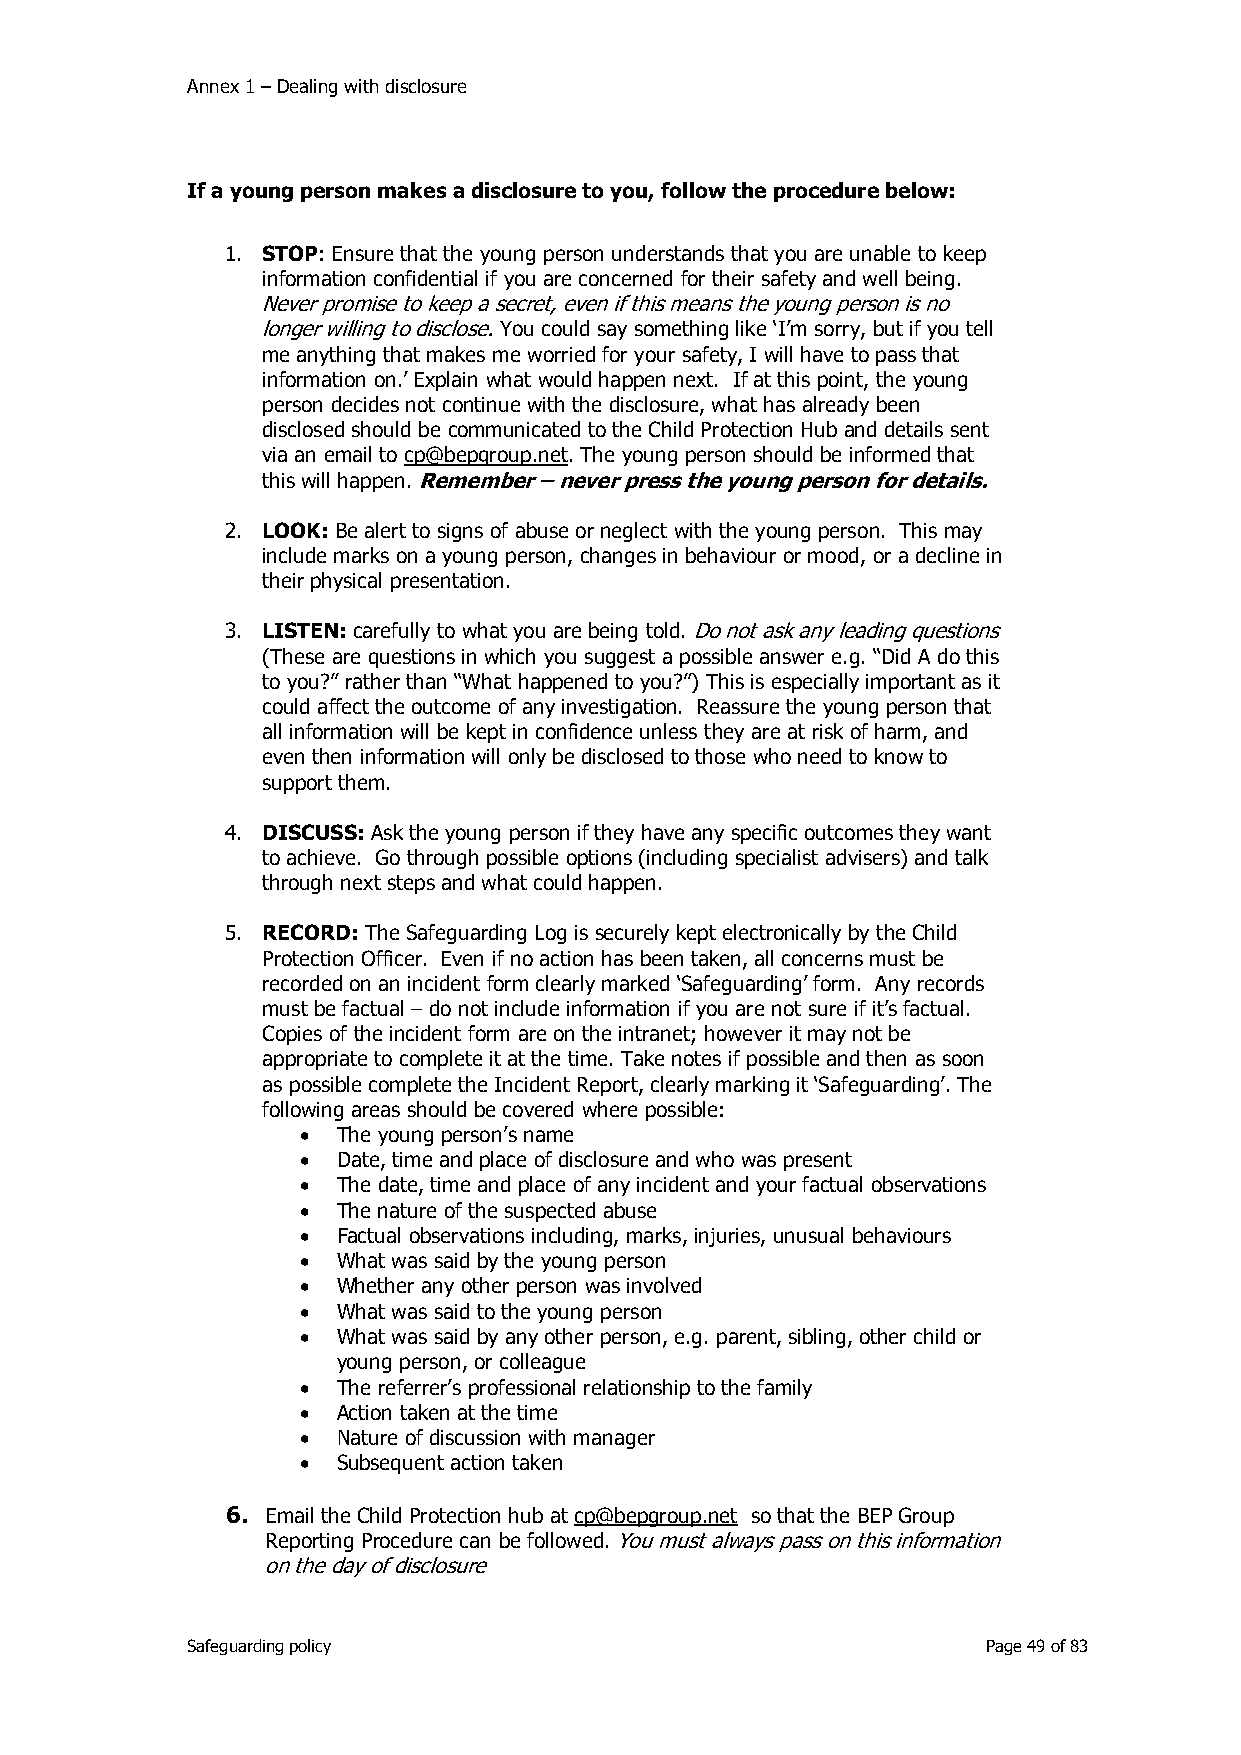
Annex 1 – Dealing with disclosure
 If a young person makes a disclosure to you, follow the procedure below:
 1. STOP: Ensure that the young person understands that you are unable to keep
 information confidential if you are concerned for their safety and well being.
 Never promise to keep a secret, even if this means the young person is no
 longer willing to disclose. You could say something like ‘I’m sorry, but if you tell
 me anything that makes me worried for your safety, I will have to pass that
 information on.’ Explain what would happen next. If at this point, the young
 person decides not continue with the disclosure, what has already been
 disclosed should be communicated to the Child Protection Hub and details sent
 via an email to cp@bepgroup.net. The young person should be informed that
 this will happen. Remember – never press the young person for details.
 2. LOOK: Be alert to signs of abuse or neglect with the young person. This may
 include marks on a young person, changes in behaviour or mood, or a decline in
 their physical presentation.
 3. LISTEN: carefully to what you are being told. Do not ask any leading questions
 (These are questions in which you suggest a possible answer e.g. “Did A do this
 to you?” rather than “What happened to you?”) This is especially important as it
 could affect the outcome of any investigation. Reassure the young person that
 all information will be kept in confidence unless they are at risk of harm, and
 even then information will only be disclosed to those who need to know to
 support them.
 4. DISCUSS: Ask the young person if they have any specific outcomes they want
 to achieve. Go through possible options (including specialist advisers) and talk
 through next steps and what could happen.
 5. RECORD: The Safeguarding Log is securely kept electronically by the Child
 Protection Officer. Even if no action has been taken, all concerns must be
 recorded on an incident form clearly marked ‘Safeguarding’ form. Any records
 must be factual – do not include information if you are not sure if it’s factual.
 Copies of the incident form are on the intranet; however it may not be
 appropriate to complete it at the time. Take notes if possible and then as soon
 as possible complete the Incident Report, clearly marking it ‘Safeguarding’. The
 following areas should be covered where possible:
 • The young person’s name
 • Date, time and place of disclosure and who was present
 • The date, time and place of any incident and your factual observations
 • The nature of the suspected abuse
 • Factual observations including, marks, injuries, unusual behaviours
 • What was said by the young person
 • Whether any other person was involved
 • What was said to the young person
 • What was said by any other person, e.g. parent, sibling, other child or
 young person, or colleague
 • The referrer’s professional relationship to the family
 • Action taken at the time
 • Nature of discussion with manager
 • Subsequent action taken
 6. Email the Child Protection hub at cp@bepgroup.net so that the BEP Group
 Reporting Procedure can be followed. You must always pass on this information
 on the day of disclosure
 Safeguarding policy                                  Page 49 of 83